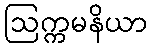
ဩက္ကမနိယာ